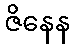
ဇိနေန